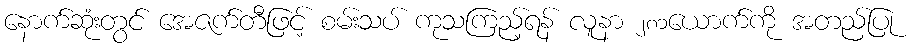
နောက်ဆုံးတွင် အေဇက်တီဖြင့် စမ်းသပ် ကုသကြည့်ရန် လူနာ ၂၈၁ယောက်ကို အတည်ပြု